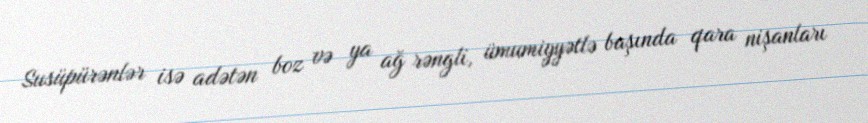
Susüpürənlər isə adətən boz və ya ağ rəngli, ümumiyyətlə başında qara nişanları